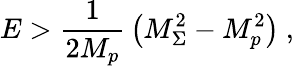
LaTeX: E>{\frac{1}{2M_{p}}}\left(M_{\Sigma}^{2}-M_{p}^{2}\right)\ ,